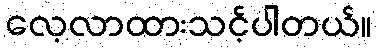
လေ့လာထားသင့်ပါတယ်။